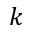
k